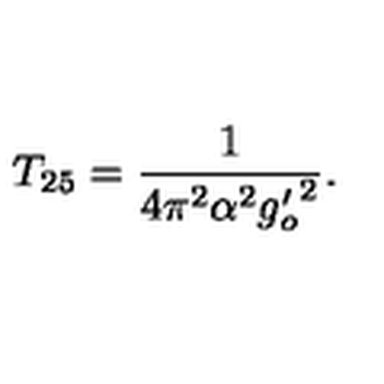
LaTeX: T _ { 2 5 } = \frac { 1 } { 4 \pi ^ { 2 } \alpha ^ { 2 } { g _ { o } ^ { \prime } } ^ { 2 } } .